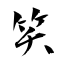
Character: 笑